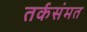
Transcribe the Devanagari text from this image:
तर्कसंमत